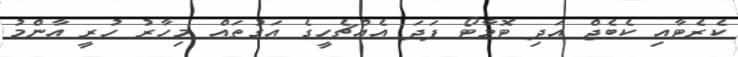
ކެރެޓާއި ކެބެޖް އަދި ޓޮމާޓޯ ފަދަ އެއްޗެހީގެ އަގުތައް މިހާރު ހުރީ އާންމު